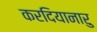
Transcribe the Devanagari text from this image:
करदियानारु